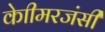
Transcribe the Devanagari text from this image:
केाीमरजंसी